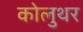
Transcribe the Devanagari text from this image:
कोलुथर